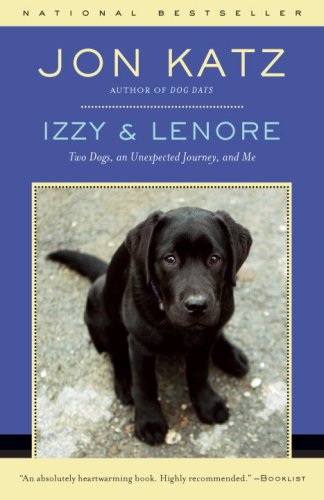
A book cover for Izzy & Lenore: Two Dogs, an Unexpected Journey, and Me; Jon Katz; Crafts, Hobbies & Home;